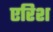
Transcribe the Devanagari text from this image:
एरिश